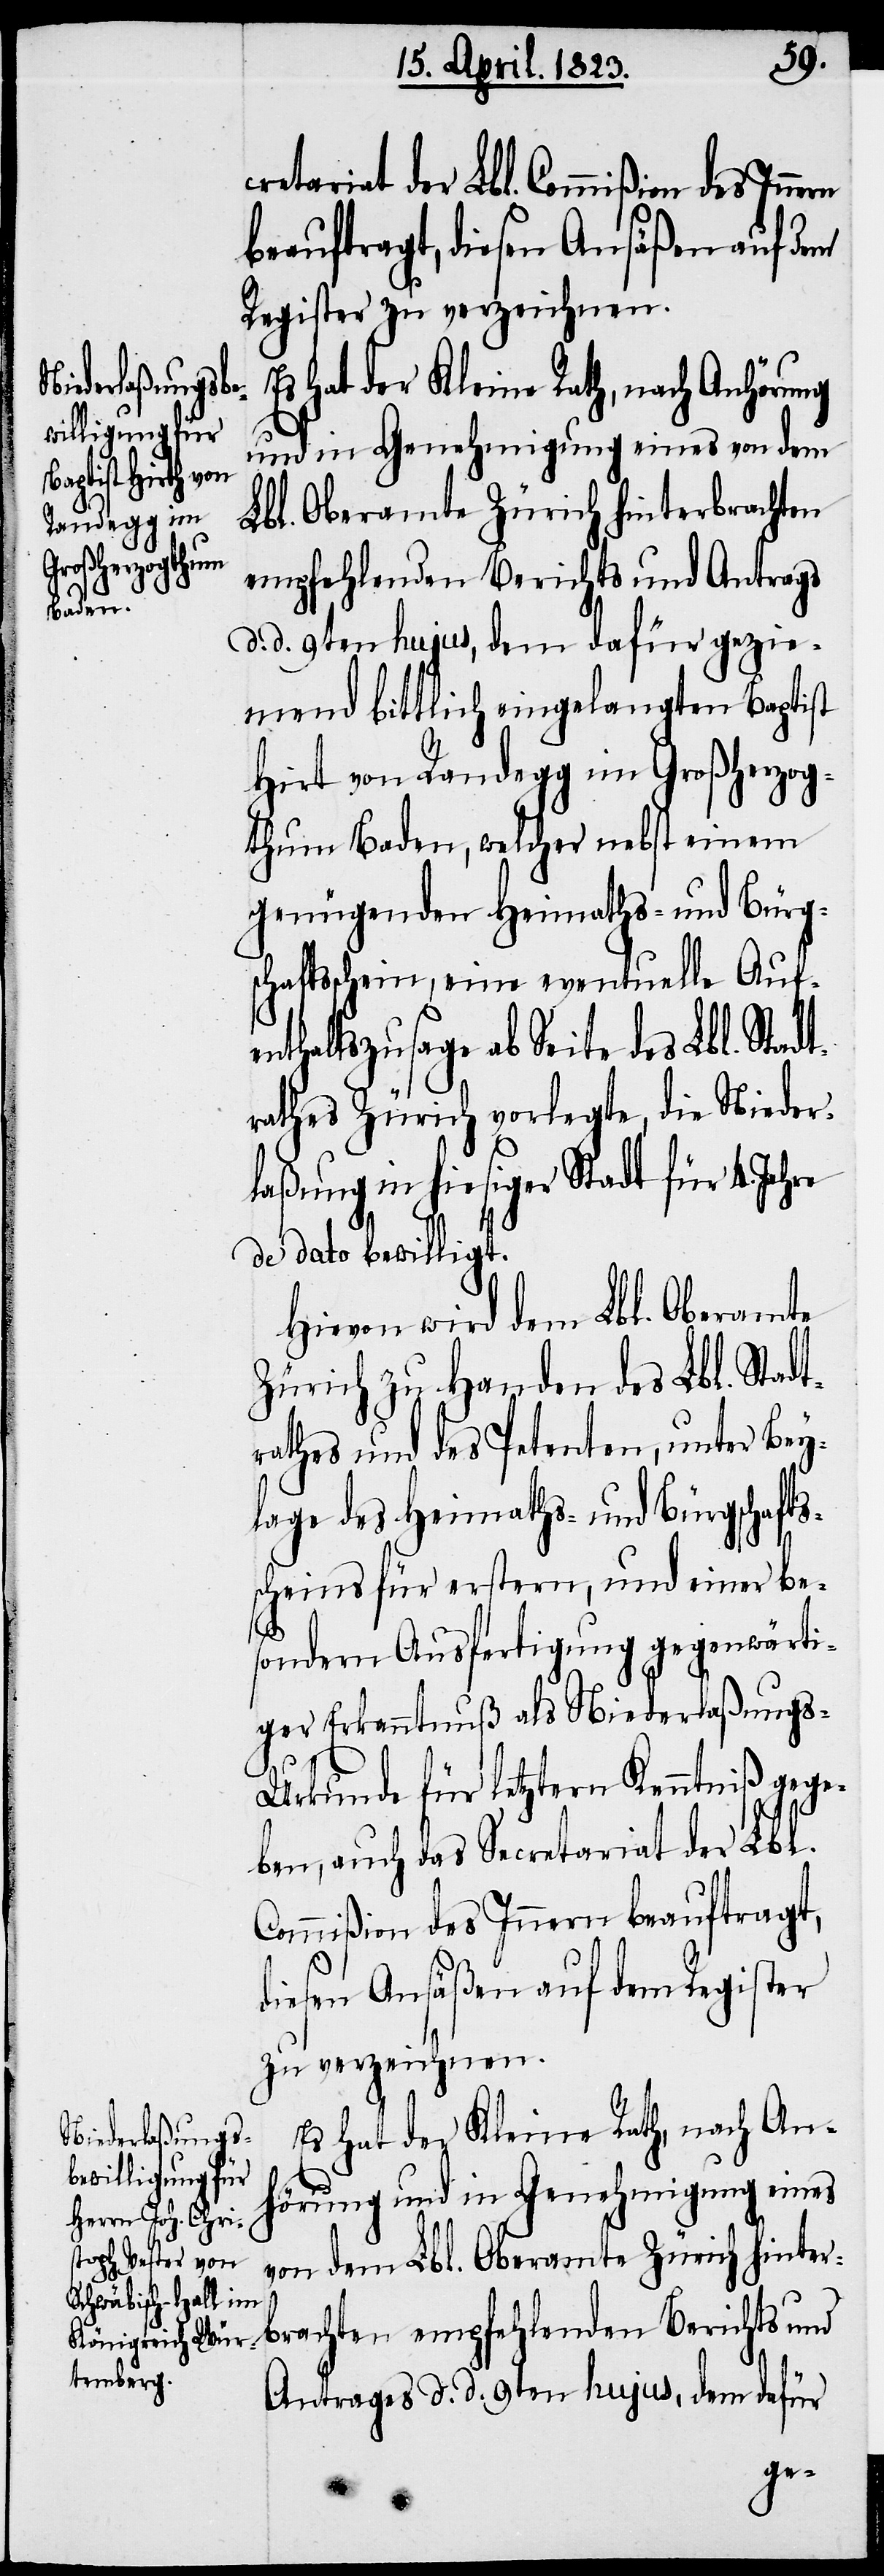
cretariat der Lbl. Commißion des Innern
beauftragt, diesen Ansäßen auf dem
Register zu verzeichnen.
Es hat der Kleine Rath, nach Anhörung
und in Genehmigung eines von dem
Hirt [sic!] von
Lbl. Oberamte Zürich hinterbrachten
Randegg im
Großherzog¬
empfehlenden Berichts und Antrages
d. d. 9ten hujus, dem dafür
mend bittlich eingelangten Baptist
thum Baden, welcher nebst einem
genügenden Heimaths- und Bürg¬
schaftsschein, eine eventuelle Auf¬
enthaltszusage ab Seite des Lbl. Stadt¬
rathes Zürich vorlegte, die Nieder¬
laßung in hiesiger Stadt für 4. Jahre
de dato bewilligt.
Hievon wird dem Lbl. Oberamte
Zürich zu Handen des Lbl. Stadt¬
rathes und des Petenten, unter Bey¬
lage des Heimaths- und Bürgschafts¬
scheins für erstern, und einer be¬
sondern Ausfertigung gegenwärti¬
ger Erkanntnuß als Niederlaßung¬
s-Urkunde für letztern Kenntniß gege¬
ben, auch das Secretariat der Lbl.
Commißion des Innern beauftragt,
diesen Ansäßen auf dem Register
zu verzeichnen.